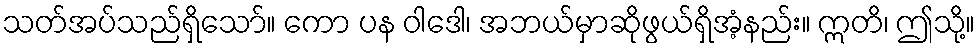
သတ်အပ်သည်ရှိသော်။ ကော ပန ဝါဒေါ၊ အဘယ်မှာဆိုဖွယ်ရှိအံ့နည်း။ ဣတိ၊ ဤသို့။